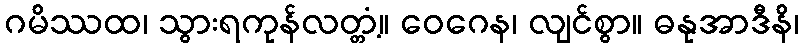
ဂမိဿထ၊ သွားရကုန်လတ္တံ့။ ဝေဂေန၊ လျင်စွာ။ ဓနုအာဒီနိ၊